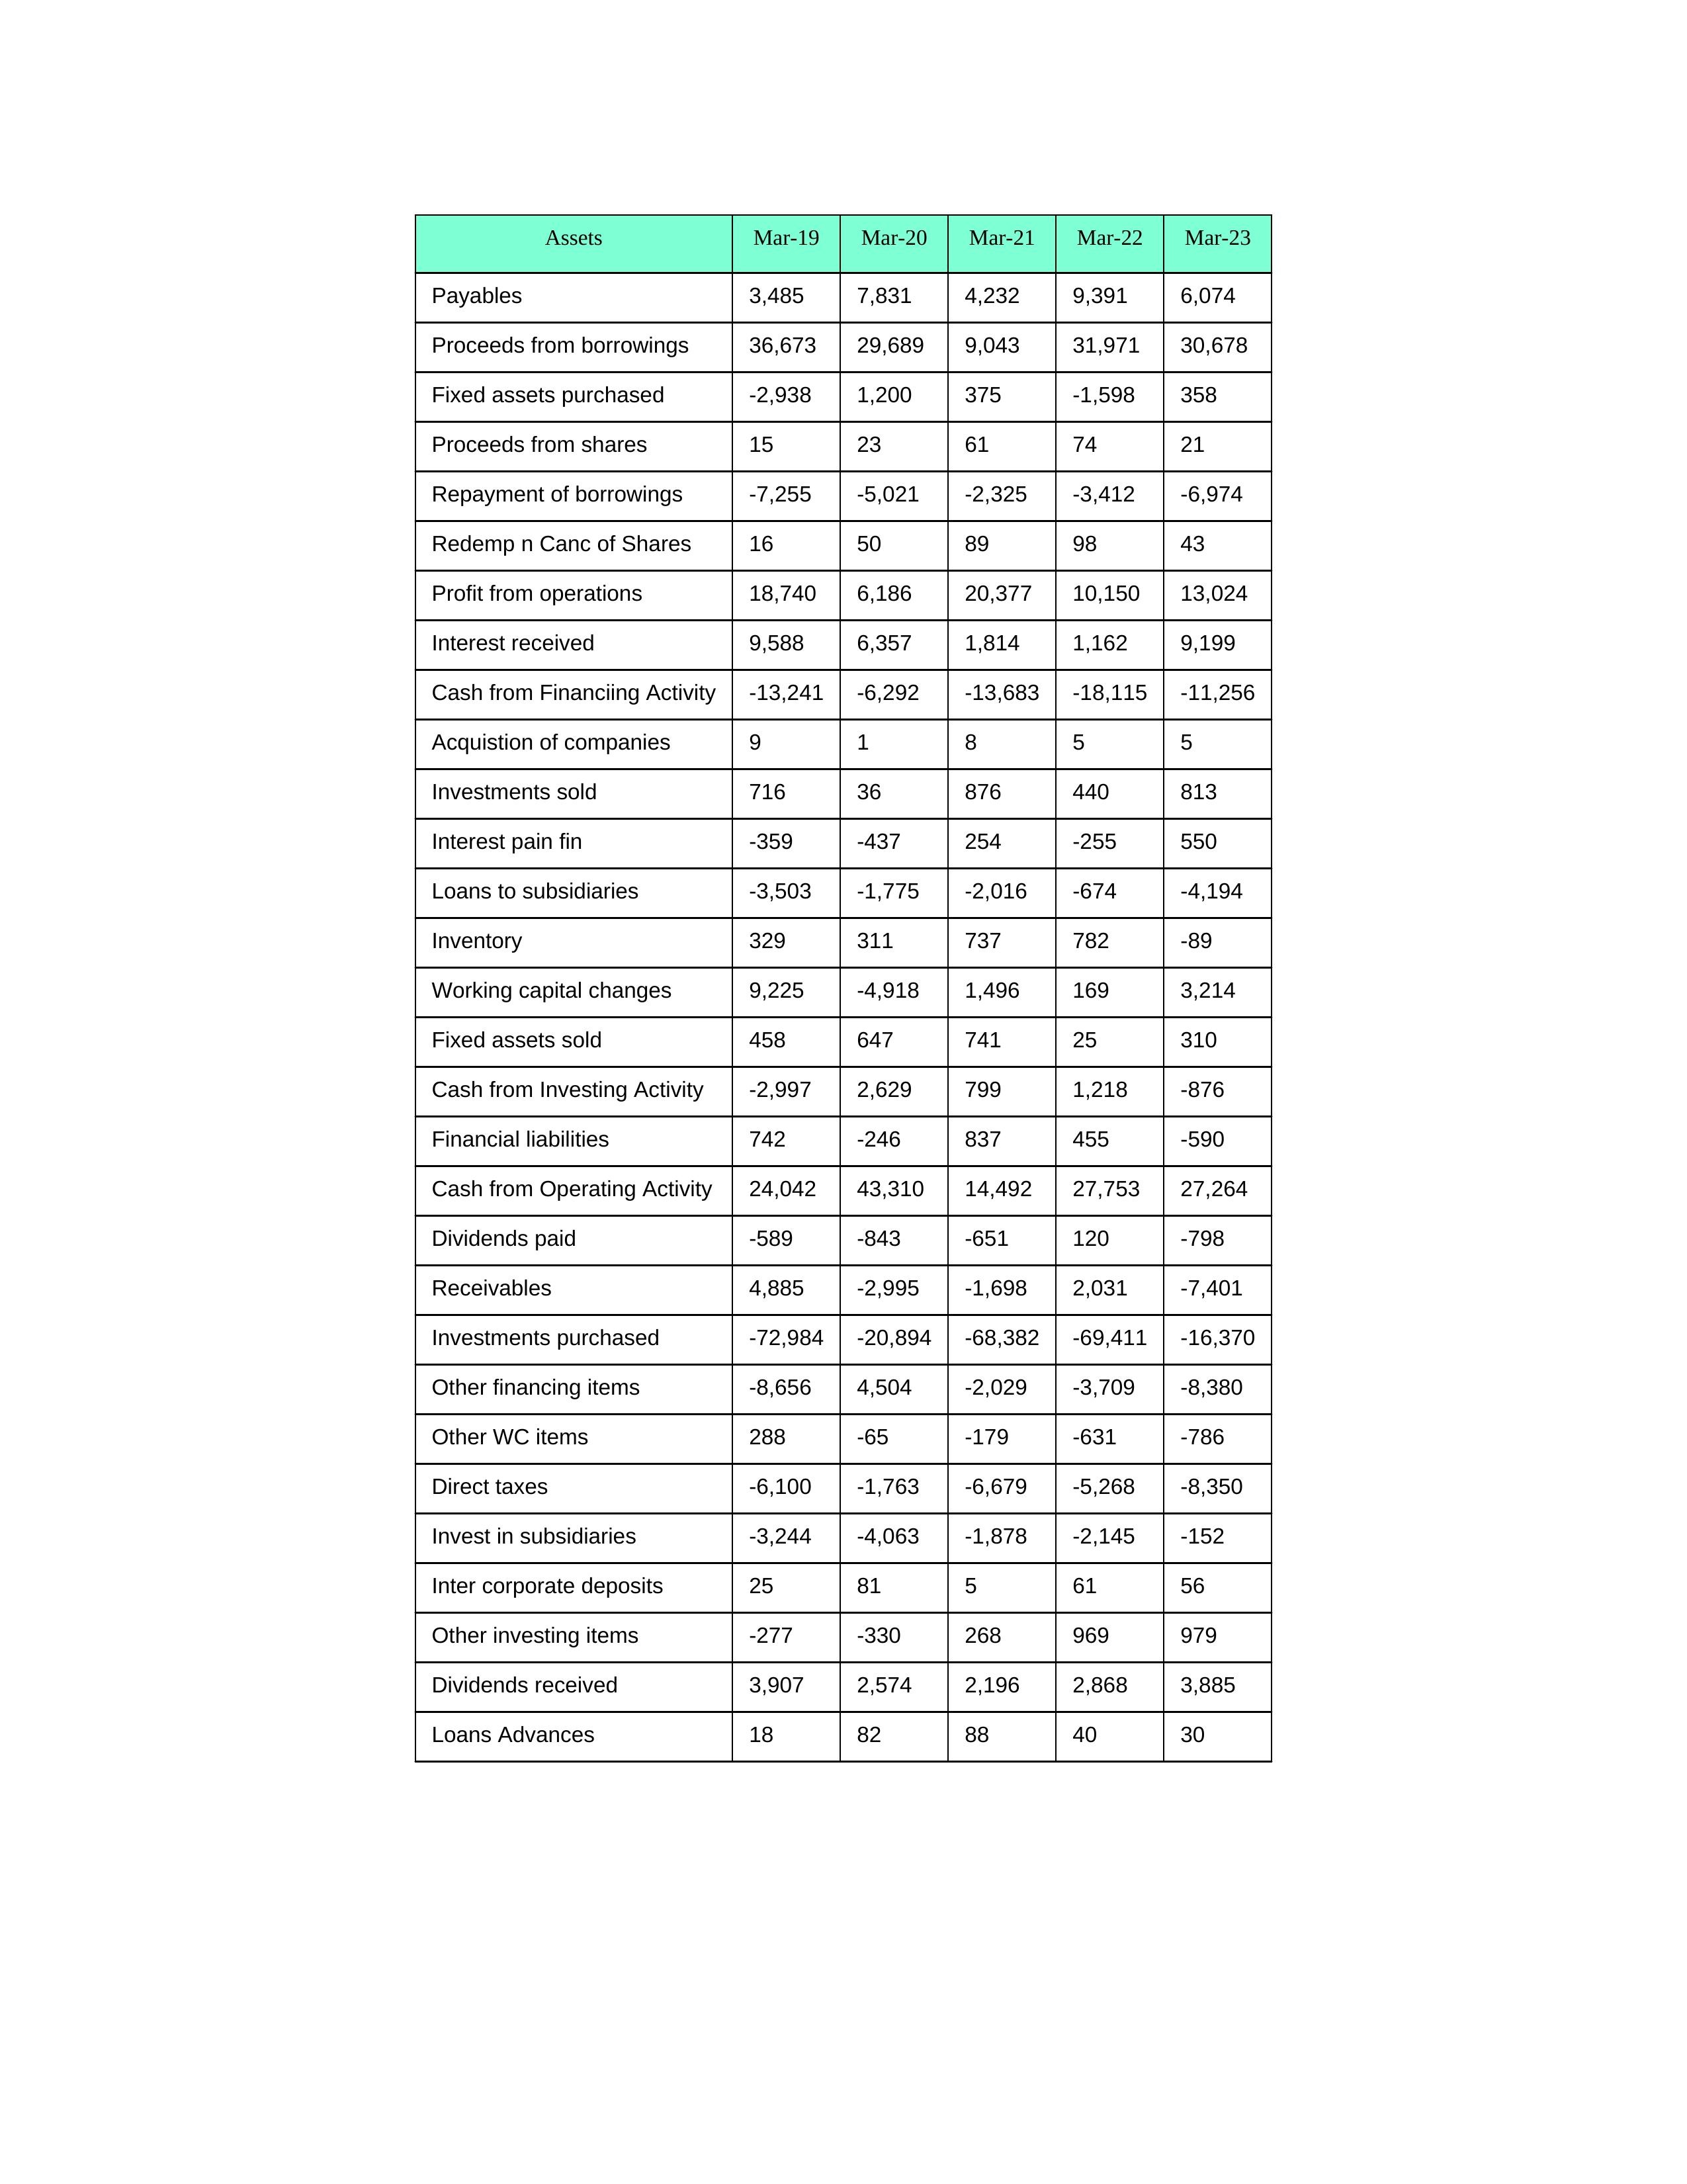
gt_parse: Mar-19: Cash from Operating Activity: 24,042
Profit from operations: 18,740
Receivables: 4,885
Inventory: 329
Payables: 3,485
Loans Advances: 18
Other WC items: 288
Working capital changes: 9,225
Direct taxes: -6,100
Cash from Investing Activity: -2,997
Fixed assets purchased: -2,938
Fixed assets sold: 458
Investments purchased: -72,984
Investments sold: 716
Interest received: 9,588
Dividends received: 3,907
Invest in subsidiaries: -3,244
Loans to subsidiaries: -3,503
Redemp n Canc of Shares: 16
Acquistion of companies: 9
Inter corporate deposits: 25
Other investing items: -277
Cash from Financiing Activity: -13,241
Proceeds from shares: 15
Proceeds from borrowings: 36,673
Repayment of borrowings: -7,255
Interest pain fin: -359
Dividends paid: -589
Financial liabilities: 742
Other financing items: -8,656
Mar-20: Cash from Operating Activity: 43,310
Profit from operations: 6,186
Receivables: -2,995
Inventory: 311
Payables: 7,831
Loans Advances: 82
Other WC items: -65
Working capital changes: -4,918
Direct taxes: -1,763
Cash from Investing Activity: 2,629
Fixed assets purchased: 1,200
Fixed assets sold: 647
Investments purchased: -20,894
Investments sold: 36
Interest received: 6,357
Dividends received: 2,574
Invest in subsidiaries: -4,063
Loans to subsidiaries: -1,775
Redemp n Canc of Shares: 50
Acquistion of companies: 1
Inter corporate deposits: 81
Other investing items: -330
Cash from Financiing Activity: -6,292
Proceeds from shares: 23
Proceeds from borrowings: 29,689
Repayment of borrowings: -5,021
Interest pain fin: -437
Dividends paid: -843
Financial liabilities: -246
Other financing items: 4,504
Mar-21: Cash from Operating Activity: 14,492
Profit from operations: 20,377
Receivables: -1,698
Inventory: 737
Payables: 4,232
Loans Advances: 88
Other WC items: -179
Working capital changes: 1,496
Direct taxes: -6,679
Cash from Investing Activity: 799
Fixed assets purchased: 375
Fixed assets sold: 741
Investments purchased: -68,382
Investments sold: 876
Interest received: 1,814
Dividends received: 2,196
Invest in subsidiaries: -1,878
Loans to subsidiaries: -2,016
Redemp n Canc of Shares: 89
Acquistion of companies: 8
Inter corporate deposits: 5
Other investing items: 268
Cash from Financiing Activity: -13,683
Proceeds from shares: 61
Proceeds from borrowings: 9,043
Repayment of borrowings: -2,325
Interest pain fin: 254
Dividends paid: -651
Financial liabilities: 837
Other financing items: -2,029
Mar-22: Cash from Operating Activity: 27,753
Profit from operations: 10,150
Receivables: 2,031
Inventory: 782
Payables: 9,391
Loans Advances: 40
Other WC items: -631
Working capital changes: 169
Direct taxes: -5,268
Cash from Investing Activity: 1,218
Fixed assets purchased: -1,598
Fixed assets sold: 25
Investments purchased: -69,411
Investments sold: 440
Interest received: 1,162
Dividends received: 2,868
Invest in subsidiaries: -2,145
Loans to subsidiaries: -674
Redemp n Canc of Shares: 98
Acquistion of companies: 5
Inter corporate deposits: 61
Other investing items: 969
Cash from Financiing Activity: -18,115
Proceeds from shares: 74
Proceeds from borrowings: 31,971
Repayment of borrowings: -3,412
Interest pain fin: -255
Dividends paid: 120
Financial liabilities: 455
Other financing items: -3,709
Mar-23: Cash from Operating Activity: 27,264
Profit from operations: 13,024
Receivables: -7,401
Inventory: -89
Payables: 6,074
Loans Advances: 30
Other WC items: -786
Working capital changes: 3,214
Direct taxes: -8,350
Cash from Investing Activity: -876
Fixed assets purchased: 358
Fixed assets sold: 310
Investments purchased: -16,370
Investments sold: 813
Interest received: 9,199
Dividends received: 3,885
Invest in subsidiaries: -152
Loans to subsidiaries: -4,194
Redemp n Canc of Shares: 43
Acquistion of companies: 5
Inter corporate deposits: 56
Other investing items: 979
Cash from Financiing Activity: -11,256
Proceeds from shares: 21
Proceeds from borrowings: 30,678
Repayment of borrowings: -6,974
Interest pain fin: 550
Dividends paid: -798
Financial liabilities: -590
Other financing items: -8,380